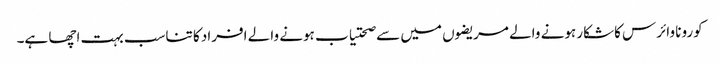
کورونا وائرس کاشکار ہونے والے مریضوں میں سے صحتیاب ہونے والے افراد کا تناسب بہت اچھا ہے۔